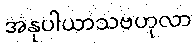
အနုပါယာသဗဟုလာ